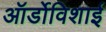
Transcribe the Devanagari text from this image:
ऑर्डोविशाई